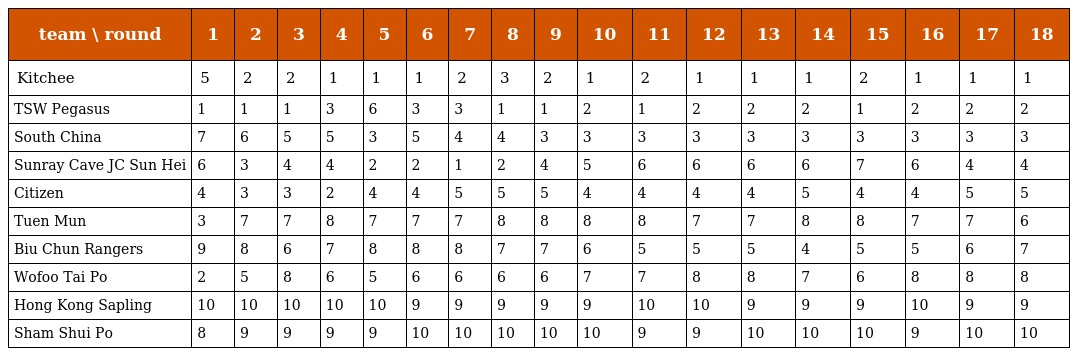
| team \ round | 1 | 2 | 3 | 4 | 5 | 6 | 7 | 8 | 9 | 10 | 11 | 12 | 13 | 14 | 15 | 16 | 17 | 18 |
 | --- | --- | --- | --- | --- | --- | --- | --- | --- | --- | --- | --- | --- | --- | --- | --- | --- | --- | --- |
 | Kitchee | 5 | 2 | 2 | 1 | 1 | 1 | 2 | 3 | 2 | 1 | 2 | 1 | 1 | 1 | 2 | 1 | 1 | 1 |
 | TSW Pegasus | 1 | 1 | 1 | 3 | 6 | 3 | 3 | 1 | 1 | 2 | 1 | 2 | 2 | 2 | 1 | 2 | 2 | 2 |
 | South China | 7 | 6 | 5 | 5 | 3 | 5 | 4 | 4 | 3 | 3 | 3 | 3 | 3 | 3 | 3 | 3 | 3 | 3 |
 | Sunray Cave JC Sun Hei | 6 | 3 | 4 | 4 | 2 | 2 | 1 | 2 | 4 | 5 | 6 | 6 | 6 | 6 | 7 | 6 | 4 | 4 |
 | Citizen | 4 | 3 | 3 | 2 | 4 | 4 | 5 | 5 | 5 | 4 | 4 | 4 | 4 | 5 | 4 | 4 | 5 | 5 |
 | Tuen Mun | 3 | 7 | 7 | 8 | 7 | 7 | 7 | 8 | 8 | 8 | 8 | 7 | 7 | 8 | 8 | 7 | 7 | 6 |
 | Biu Chun Rangers | 9 | 8 | 6 | 7 | 8 | 8 | 8 | 7 | 7 | 6 | 5 | 5 | 5 | 4 | 5 | 5 | 6 | 7 |
 | Wofoo Tai Po | 2 | 5 | 8 | 6 | 5 | 6 | 6 | 6 | 6 | 7 | 7 | 8 | 8 | 7 | 6 | 8 | 8 | 8 |
 | Hong Kong Sapling | 10 | 10 | 10 | 10 | 10 | 9 | 9 | 9 | 9 | 9 | 10 | 10 | 9 | 9 | 9 | 10 | 9 | 9 |
 | Sham Shui Po | 8 | 9 | 9 | 9 | 9 | 10 | 10 | 10 | 10 | 10 | 9 | 9 | 10 | 10 | 10 | 9 | 10 | 10 |